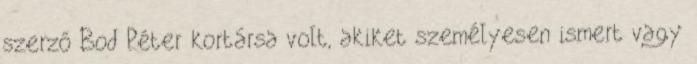
szerző Bod Péter kortársa volt, akiket személyesen ismert vagy